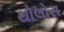
થોલોસ